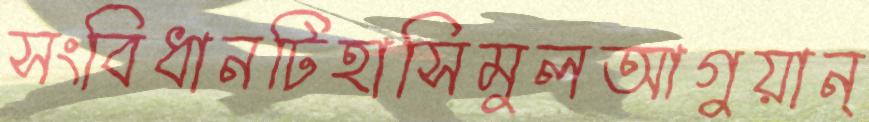
সংবিধানটিহাসিমুলআগুয়ান্